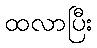
ထလာပြီး